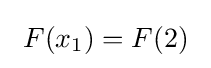
\ F(x_{1})=F(2)\